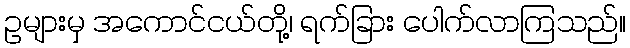
ဥများမှ အကောင်ငယ်တို့၊ ရက်ခြား ပေါက်လာကြသည်။